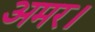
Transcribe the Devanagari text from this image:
अमर।